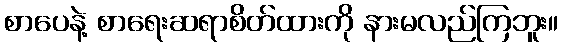
စာပေနဲ့ စာရေးဆရာစိတ်ထားကို နားမလည်ကြဘူး။